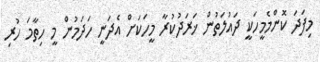
މިފަދަ ކޮންމެމީހަކީ ދައުލަތުން ޚަަރަދުކުރާ މީހަކަށް އެދަނީ ހަދަމުން މީ ހިތާމަ ހުރި